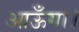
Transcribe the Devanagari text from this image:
आऊँगा।